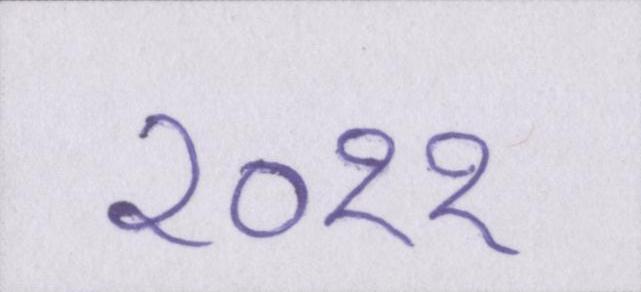
२०११